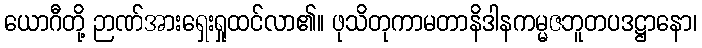
ယောဂီတို့ ဉာဏ်အားရှေးရှုထင်လာ၏။ ဖုသိတုကာမတာနိဒါနကမ္မဇဘူတပဒဋ္ဌာနော၊